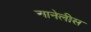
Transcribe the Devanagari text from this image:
आनेलीस